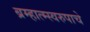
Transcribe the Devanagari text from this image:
ब्रम्हात्म्स्वरुपाचे